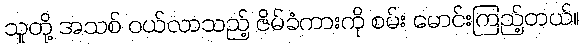
သူတို့ အသစ် ဝယ်လာသည့် ဇိမ်ခံကားကို စမ်း မောင်းကြည့်တယ်။